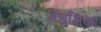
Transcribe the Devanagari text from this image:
मधुक्षिका